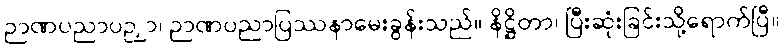
ဉာဏပညာပဉှာ၊ ဉာဏပညာပြဿနာမေးခွန်းသည်။ နိဋ္ဌိတာ၊ ပြီးဆုံးခြင်းသို့ရောက်ပြီ။